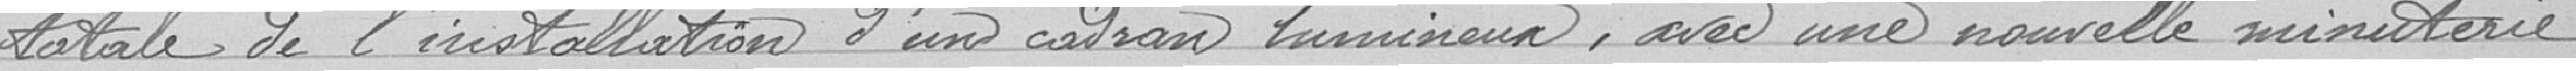
totale de l'installation d'un cadran lumineux, avec une nouvelle minuterie